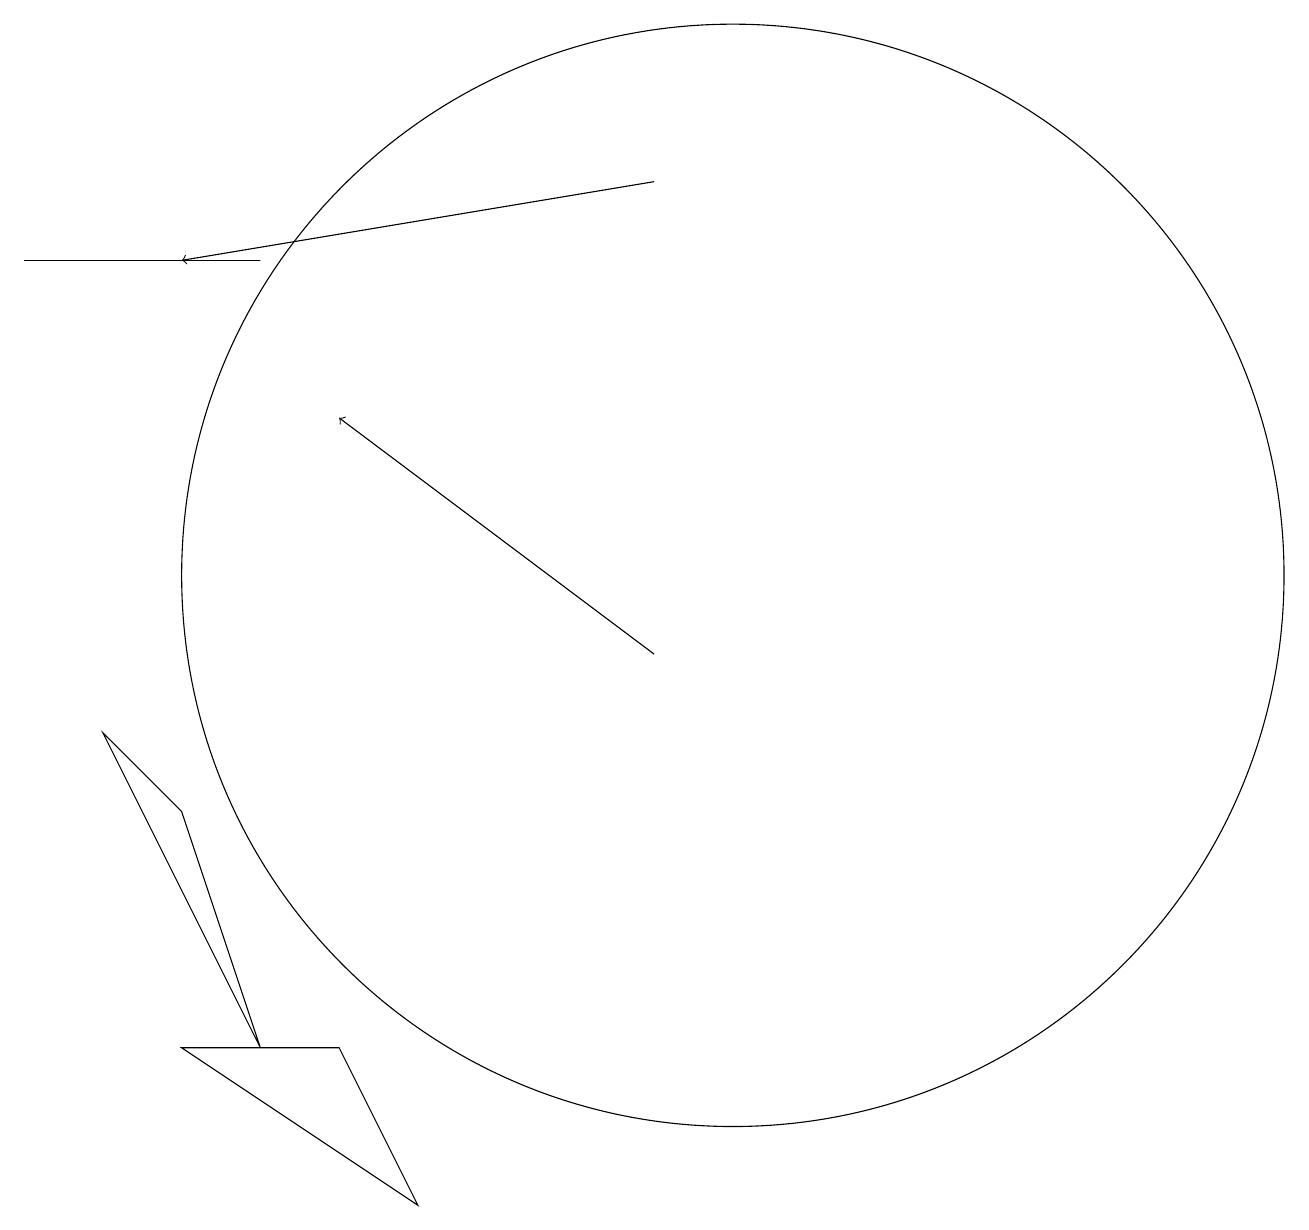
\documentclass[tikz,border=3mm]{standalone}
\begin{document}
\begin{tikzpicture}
\draw[->] (9,10) -- (5,13);
\draw (10,11) circle (7);
\draw (4,15) rectangle (1,15);
\draw (5,5) -- (6,3) -- (3,5) -- cycle;
\draw[->] (9,16) -- (3,15);
\draw (3,8) -- (4,5) -- (2,9) -- cycle;
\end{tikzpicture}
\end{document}